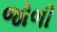
જોળી